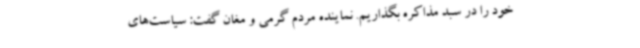
خود را در سبد مذاکره بگذاریم. نماینده مردم گرمی و مغان گفت: سیاست‌های